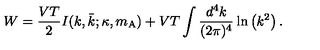
W = \frac { V T } { 2 } I ( k , \bar { k } ; \kappa , m _ { \mathrm { A } } ) + V T \int \frac { d ^ { 4 } k } { ( 2 \pi ) ^ { 4 } } \ln \left( k ^ { 2 } \right) .